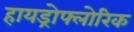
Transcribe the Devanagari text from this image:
हायड्रोफ्लोरिक